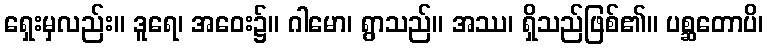
ရှေးမှလည်း။ ဒူရေ၊ အဝေး၌။ ဂါမော၊ ရွာသည်။ အဿ၊ ရှိသည်ဖြစ်၏။ ပစ္ဆတောပိ၊